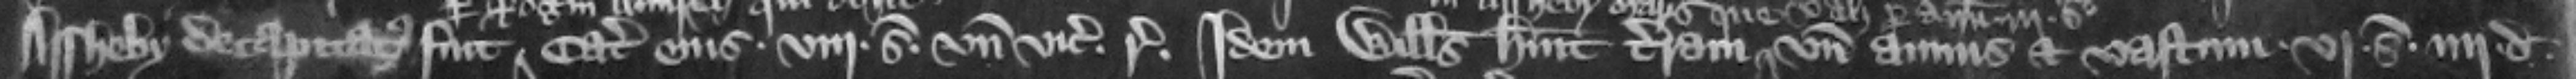
Assheby decapitatus fuit Catalla eius. viij. S.. vnde vicecomes respondeat. Idem Willelmus habuit terram vnde annus et vastum .vj. s. . lij. d.